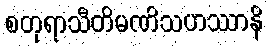
စတုရာသီတိမဏိသဟဿာနိ